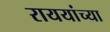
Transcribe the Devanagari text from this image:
राययांच्या